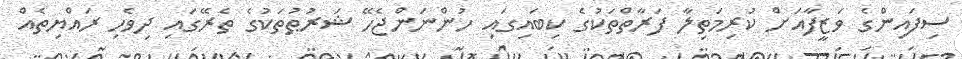
ސިފައިންގެ ވަޒީފާއަށް ކުރިމަތިލާ ފަރާތްތަކުގެ ކިބައިގައި ހުންނަންޖެހޭ ޝަރުޠުތަކުގެ ތެރޭގައި ދިވެހި ރައްޔިތެއް